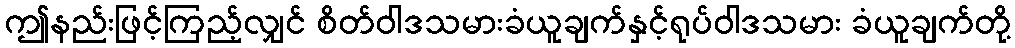
ဤနည်းဖြင့်ကြည့်လျှင် စိတ်ဝါဒသမားခံယူချက်နှင့်ရုပ်ဝါဒသမား ခံယူချက်တို့